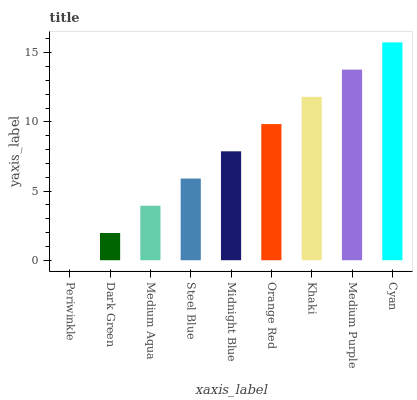
| xaxis_label | bars |
 | --- | --- |
 | Periwinkle | 0 |
 | Dark Green | 1.97 |
 | Medium Aqua | 3.94 |
 | Steel Blue | 5.9 |
 | Midnight Blue | 7.87 |
 | Orange Red | 9.84 |
 | Khaki | 11.8 |
 | Medium Purple | 13.8 |
 | Cyan | 15.7 |